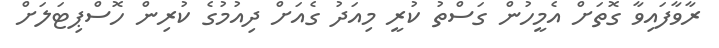
ރާވާފައިވާ ގޮތަށް އެމީހުން ގަސްތު ކުރީ މިއަދު ގެއަށް ދިއުމުގެ ކުރިން ހޮސްޕިޓަލަށް